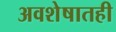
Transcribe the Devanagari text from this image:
अवशेषातही